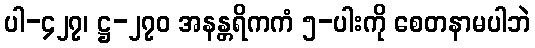
ပါ-၄၂၇၊ ဋ္ဌ-၂၇၀ အနန္တရိကကံ ၅-ပါးကို စေတနာမပါဘဲ